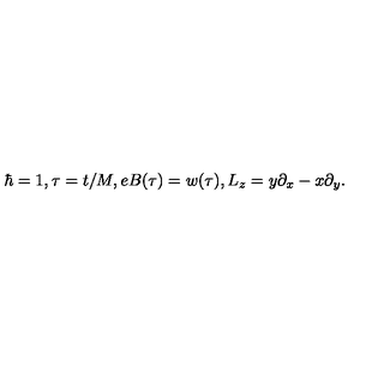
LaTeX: \hbar = 1 , \tau = t / M , e B ( \tau ) = w ( \tau ) , L _ { z } = y \partial _ { x } - x \partial _ { y } .